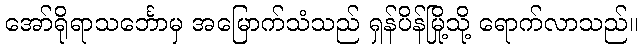
အော်ရိုရာသင်္ဘောမှ အမြောက်သံသည် ရှန်ပိန်မြို့သို့ ရောက်လာသည်။